Scottish Leaving Certificate Examination, 1961
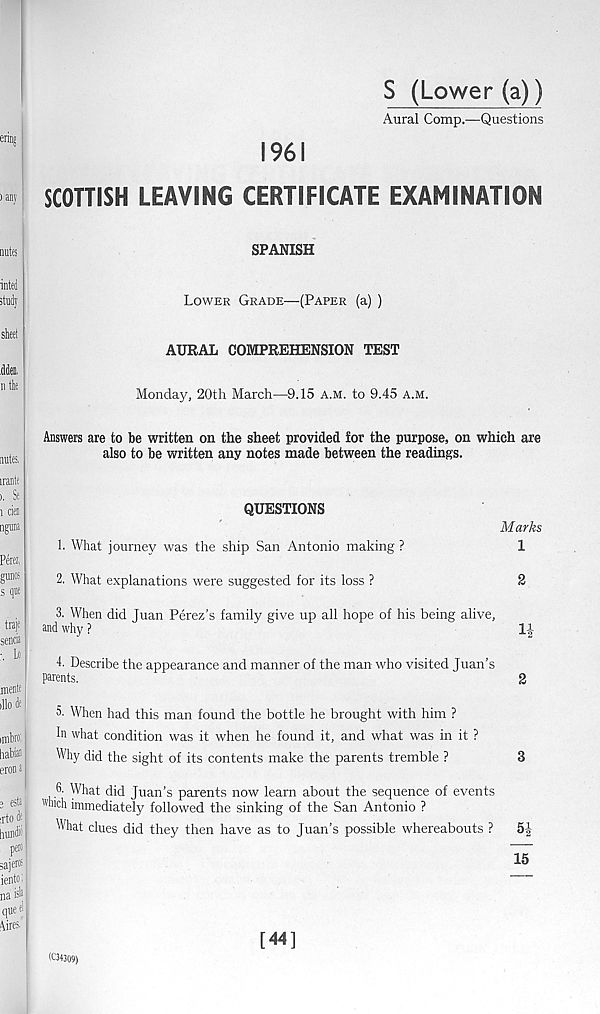
S (Lower (a))
Aural Comp.—Questions
1961
SCOTTISH LEAVING CERTIFICATE EXAMINATION
SPANISH
Lower Grade—(Paper (a) )
AURAL COMPREHENSION TEST
Monday, 20th March—9.15 a.m. to 9.45 a.m.
Answers are to be written on the sheet provided for the purpose, on which are
also to be written any notes made between the readings.
QUESTIONS
Marks
1. What journey was the ship San Antonio making ?
1
2. What explanations were suggested for its loss ?
2
3. When did Juan Perez’s family give up all hope of his being alive,
and why ?
1-|
4. Describe the appearance and manner of the man who visited Juan’s
parents.
2
5. When had this man found the bottle he brought with him ?
In what condition was it when he found it, and what was in it ?
Why did the sight of its contents make the parents tremble ?
3
6. What did Juan’s parents now learn about the sequence of events
™ich immediately followed the sinking of the San Antonio ?
What clues did they then have as to Juan’s possible whereabouts ?
5|-
15
(C34309)
[44]